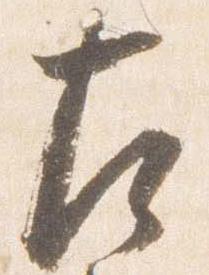
左